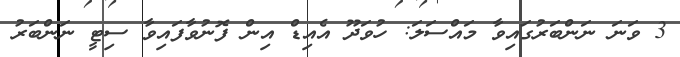
3 ވަނަ ނަންބަރުގައިވާ މައްސަލަ: ހުވަދޫ އެއިޑް އިން ފޮނުވާފައިވާ ސިޓީ ނަންބަރު